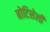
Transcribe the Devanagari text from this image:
बोटिसेली